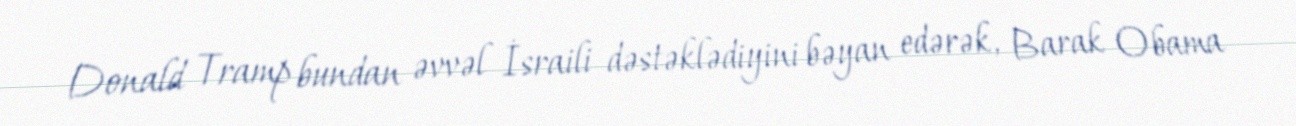
Donald Tramp bundan əvvəl İsraili dəstəklədiyini bəyan edərək, Barak Obama